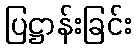
ပြဋ္ဌာန်းခြင်း